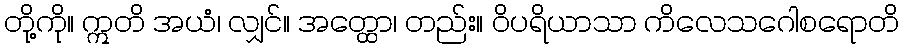
တို့ကို။ ဣတိ အယံ၊ လျှင်။ အတ္ထော၊ တည်း။ ဝိပရိယာသာ ကိလေသဂေါစရောတိ